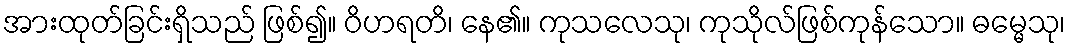
အားထုတ်ခြင်းရှိသည် ဖြစ်၍။ ဝိဟရတိ၊ နေ၏။ ကုသလေသု၊ ကုသိုလ်ဖြစ်ကုန်သော။ ဓမ္မေသု၊